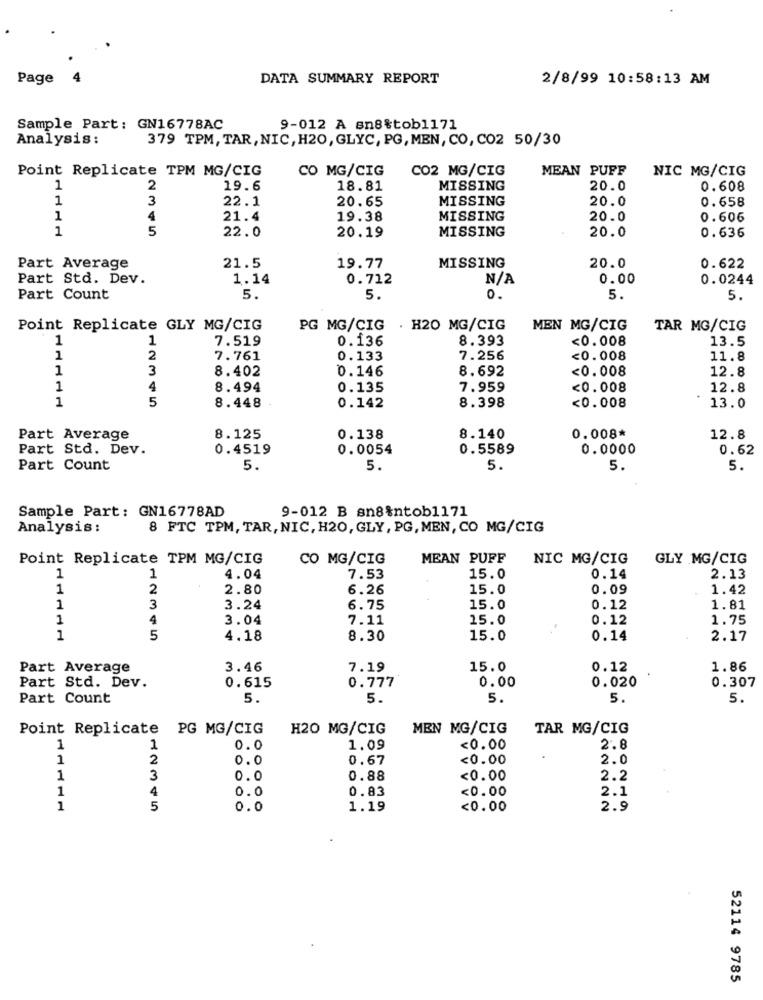
Page
DATA SUMMARY REPORT
2/8/99 10:58:13 AM
Sample Part: GN16778AC
9-012 A sn8%tob1171
Analysis :
379 TPM, TAR, NIC, H20, GLYC, PG, MEN, CO, CO2 50/30
Point Replicate TPM MG/CIG
CO MG/CIG
CO2 MG/CIG
MEAN PUFF
NIC MG/CIG
1
2
19.6
18.81
MISSING
20.0
0.608
1
3
22.1
20.65
MISSING
20.0
0.658
1
4
21.4
19.38
MISSING
20.0
0.606
1
5
22.0
MISSING
20.0
20.19
0.636
21.5
MISSING
20.0
Part Average
19.77
0.622
Part Std. Dev.
1.14
0.712
0.00
0.0244
Part Count
5.
5.
0.
5.
5.
Point Replicate GLY MG/CIG
PG MG/CIG
. H20 MG/CIG
MEN MG/CIG
TAR MG/CIG
1
1
7.519
0.136
8.393
<0.008
13.5
1
2
7.761
0.133
7.256
<0.008
11.8
1
3
8.402
0.146
8.692
<0.008
12.8
1
4
8.494
0.135
7.959
<0.008
12.8
1
5
8.398
<0.008
8.448
0.142
13.0
0.008*
Part Average
8.125
0.138
8.140
12.8
Part Std. Dev.
0.4519
0.0054
0.5589
0.0000
0.62
Part Count
5.
5.
5.
5.
5.
9-012 B sn8%ntob1171
Sample Part: GN16778AD
Analysis :
8 FTC TPM, TAR, NIC, H20, GLY, PG, MEN, CO MG/CIG
Point Replicate TPM MG/CIG
CO MG/CIG
MEAN PUFF
NIC MG/CIG
GLY MG/CIG
1
1
4.04
7.53
15.0
0.14
2.13
1
2
2.80
6.26
15.0
0.09
1.42
1
3
3.24
6.75
15.0
0.12
1.81
1
4
3.04
7.11
15.0
0.12
1.75
1
5
4,18
8.30
15.0
0.14
2.17
Part Average
3.46
7.19
15.0
0.12
1.86
Part Std. Dev.
0.615
0.777
0.00
0.020
0.307
Part Count
5.
5.
5.
5.
5.
Point Replicate
PG MG/CIG
H20 MG/CIG
MEN MG/CIG
TAR MG/CIG
1
1
0.0
1.09
<0.00
2.8
1
2
0.0
0.67
<0.00
2.0
1
3
0.0
0.88
<0.00
2.2
1
4
0.0
0.83
<0.00
2.1
1
5
0.0
1.19
<0.00
2.9
52114 9785